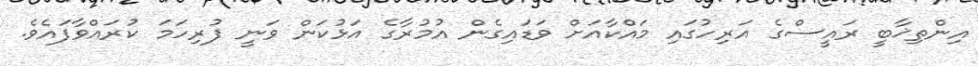
އިންތިޚާބީ ރައީސްގެ އަރިހުގައި މައްކާއަށް ވަޑައިގެން އުމުރާގެ އަޅުކަަން ވަނީ ފުރިހަމަ ކުރައްވާފައެވެ.